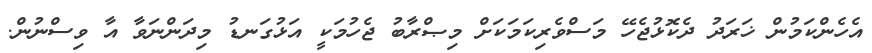
އެހެންކަމުން ޚަރަދު ދެކޮޅުޖެހޭ މަސްވެރިކަމަކަށް މިޞްރާބު ޖެހުމަކީ އަޅުގަނޑު މިދަންނަވާ އާ ވިސްނުން.